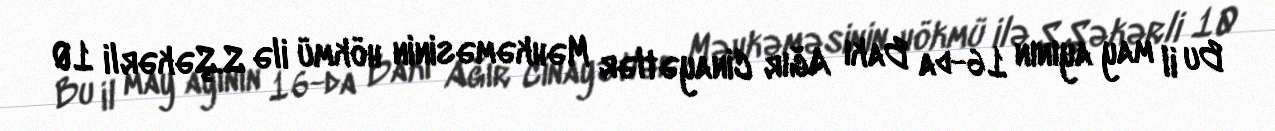
Bu il may ayının 16-da Bakı Ağır Cinayətlər Məhkəməsinin hökmü ilə S.Şəkərli 10